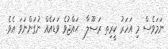
ނަމަވެސް މި އަހަރު ކީރިތ ރަސޫލާ  ޙައްޖުވެ ވަޑައެއް ނުގަންނަވަ އެވެ.